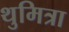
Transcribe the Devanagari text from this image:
थुमित्रा